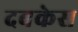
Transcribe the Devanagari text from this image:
दबकेस